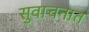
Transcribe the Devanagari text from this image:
सुवाचनात